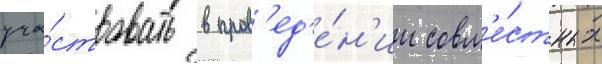
уча́ствовать в пров'ед'е́н'ии совм'е́стных